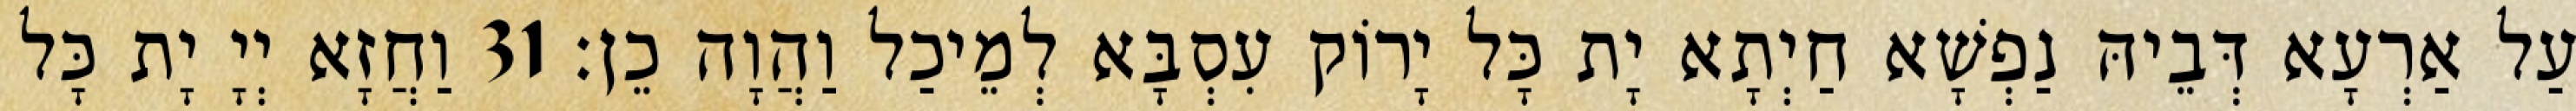
עַל אַרְעָא דְּבֵיהּ נַפְשָׁא חַיְתָא יָת כָּל יָרוֹק עִסְבָּא לְמֵיכַל וַהֲוָה כֵן׃ 31 וַחֲזָא יְיָ יָת כָּל